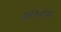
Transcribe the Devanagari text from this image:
फ्लोरेसेंस